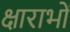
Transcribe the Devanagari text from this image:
क्षाराभों